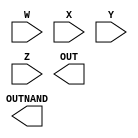
module sega(W, X, Y, Z, OUT, OUTNAND);
  input  W;
  input  X;
  input  Y;
  input  Z;
  
  output OUT;
  output OUTNAND;
  

endmodule